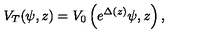
V _ { T } ( \psi , z ) = V _ { 0 } \left( e ^ { \Delta ( z ) } \psi , z \right) ,